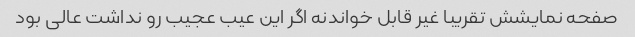
صفحه نمایشش تقریبا غیر قابل خواندنه اگر این عیب عجیب رو نداشت عالی بود